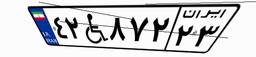
۰۱W۳۲۴۳۸